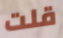
قلت